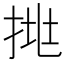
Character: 𢬹